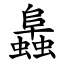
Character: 䘀